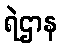
ရဲဌာန